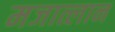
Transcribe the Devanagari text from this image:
मजात्लान